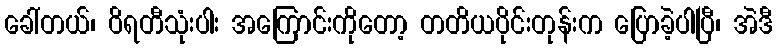
ခေါ်တယ်၊ ဝိရတီသုံးပါး အကြောင်းကိုတော့ တတိယပိုင်းတုန်းက ပြောခဲ့ပါပြီ၊ အဲဒီ